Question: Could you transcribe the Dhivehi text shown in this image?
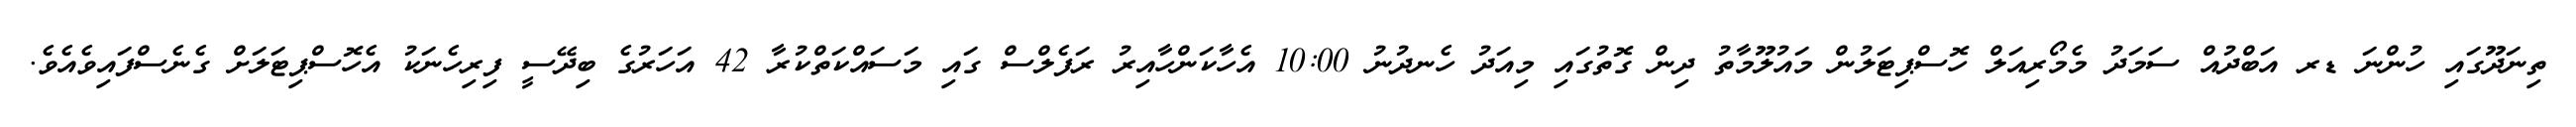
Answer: ތިނަދޫގައި ހުންނަ ޑރ އަބްދުއް ސަމަދު މެމޯރިއަލް ހޮސްޕިޓަލުން މައުލޫމާތު ދިން ގޮތުގައި މިއަދު ހެނދުނު 10:00 އެހާކަންހާއިރު ރަފެލްސް ގައި މަސައްކަތްކުރާ 42 އަހަރުގެ ބިދޭސީ ފިރިހެނަކު އެހޮސްޕިޓަލަށް ގެނެސްފައިވެއެވެ.